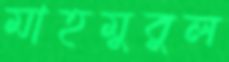
মাহমুবুল